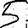
Digit: 5